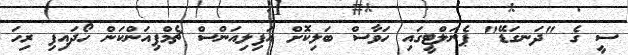
ސީ ގެ "ދަނގަޑޭ" ޕެނަލްޓީގައި ހަވާސް ބަލިކޮށް އަފިލިއަންސް ޗެމްޕިއަންކަން ހޯދައިފި ރިހަ